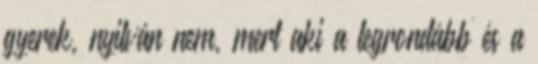
gyerek, nyilván nem, mert aki a legrondább és a